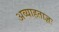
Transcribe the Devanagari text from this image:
अव्याहताज्ञः